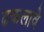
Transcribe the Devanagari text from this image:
ढकलावे